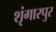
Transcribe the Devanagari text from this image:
शृंगारपुर